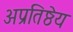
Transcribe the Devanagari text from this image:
अप्रतिष्ठेय